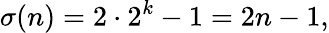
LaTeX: \sigma(n)=2\cdot 2^{k}-1=2n-1,